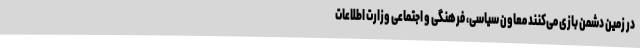
در زمین دشمن بازی می‌کنند معاون سیاسی، فرهنگی و اجتماعی وزارت اطلاعات